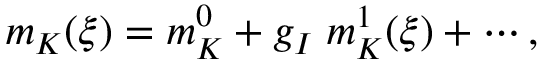
m _ { K } ( \xi ) = m _ { K } ^ { 0 } + g _ { I } \; m _ { K } ^ { 1 } ( \xi ) + \cdots ,